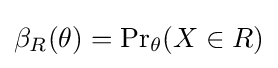
\beta _{R}(\theta )={\Pr }_{\theta }(X\in R)